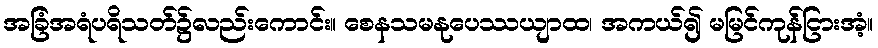
အခြံအရံပရိသတ်၌လည်းကောင်း။ စေနသမနုပေဿယျာထ၊ အကယ်၍ မမြင်ကုန်ငြားအံ့။